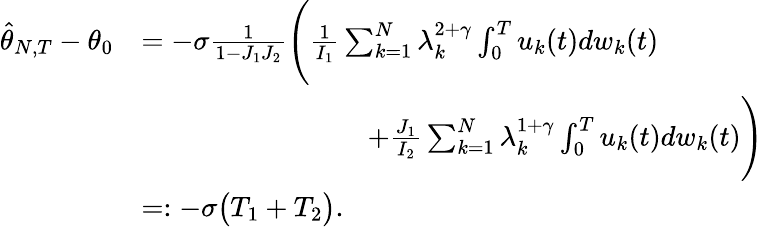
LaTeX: \begin{array}{rl}{\widehat{\theta}_{N,T}-\theta_{0}}&{=-\sigma\frac{1}{1-J_{1}J_{2}}\Bigg(\frac{1}{I_{1}}\sum_{k=1}^{N}\lambda_{k}^{2+\gamma}\int_{0}^{T}u_{k}(t)dw_{k}(t)}\\ &{\qquad\qquad\qquad\qquad+\frac{J_{1}}{I_{2}}\sum_{k=1}^{N}\lambda_{k}^{1+\gamma}\int_{0}^{T}u_{k}(t)dw_{k}(t)\Bigg)}\\ &{=:-\sigma\big(T_{1}+T_{2}\big).}\end{array}